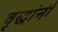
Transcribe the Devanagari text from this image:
वृद्धांनी